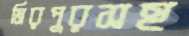
মিরপুরসহ